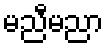
မညီမညာ